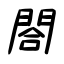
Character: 閤